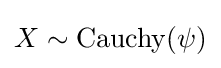
X\sim \operatorname {Cauchy} (\psi )